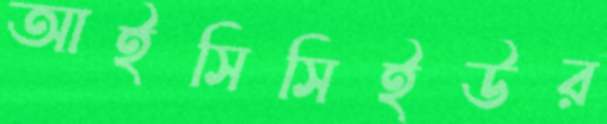
আইসিসিইউর